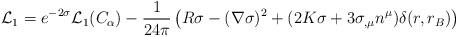
LaTeX: \begin{align*}{\cal L}_1=e^{-2\sigma}{\cal L}_1(C_{\alpha})-{1 \over 24\pi}\left(R\sigma-(\nabla \sigma)^2+(2K\sigma+3\sigma_{,\mu}n^{\mu})\delta(r,r_B)\right)\end{align*}